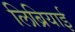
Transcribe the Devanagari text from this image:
लिब्रियाई